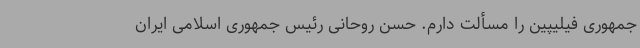
جمهوری فیلیپین را مسألت دارم. حسن روحانی رئیس جمهوری اسلامی ایران